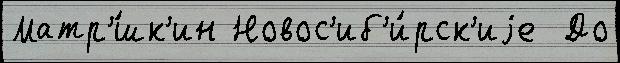
Матр'́шк'ин Новос'иб'и́рск'иjе  До